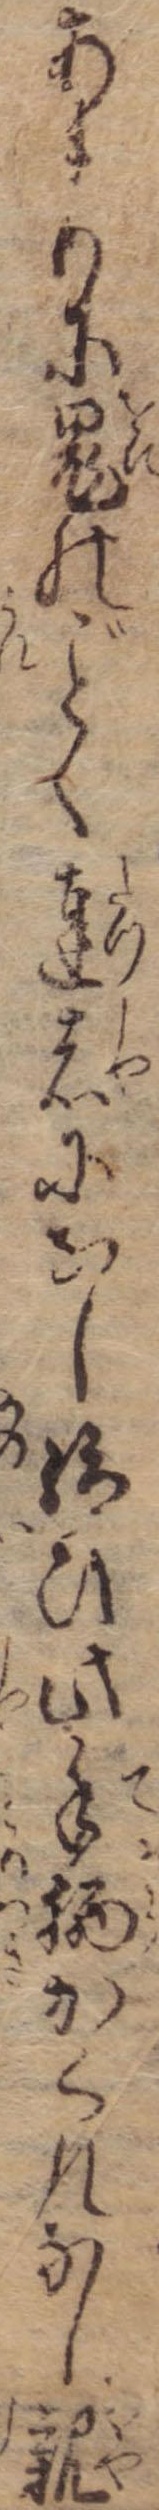
あまりに鬼のく達者になし給ひ此手柄かくれなし親